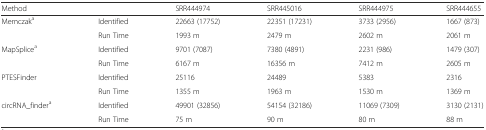
<table><thead><tr><td><b>Method</b></td><td></td><td><b>SRR444974</b></td><td><b>SRR445016</b></td><td><b>SRR444975</b></td><td><b>SRR444655</b></td></tr></thead><tbody><tr><td>Memczak<sup>a</sup></td><td>Identified</td><td>22663 (17752)</td><td>22351 (17231)</td><td>3733 (2956)</td><td>1667 (873)</td></tr><tr><td></td><td>Run Time</td><td>1993 m</td><td>2479 m</td><td>2602 m</td><td>2061 m</td></tr><tr><td>MapSplice<sup>a</sup></td><td>Identified</td><td>9701 (7087)</td><td>7380 (4891)</td><td>2231 (986)</td><td>1479 (307)</td></tr><tr><td></td><td>Run Time</td><td>6167 m</td><td>16356 m</td><td>7412 m</td><td>2605 m</td></tr><tr><td>PTESFinder</td><td>Identified</td><td>25116</td><td>24489</td><td>5383</td><td>2316</td></tr><tr><td></td><td>Run Time</td><td>1355 m</td><td>1963 m</td><td>1530 m</td><td>1369 m</td></tr><tr><td>circRNA_finder<sup>a</sup></td><td>Identified</td><td>49901 (32856)</td><td>54154 (32186)</td><td>11069 (7309)</td><td>3130 (2131)</td></tr><tr><td></td><td>Run Time</td><td>75 m</td><td>90 m</td><td>80 m</td><td>88 m</td></tr></tbody></table>